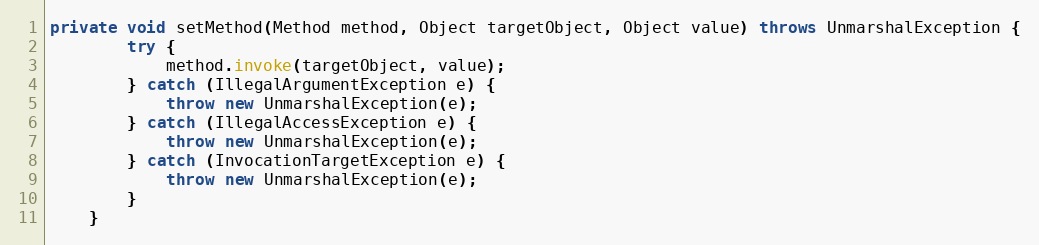
Language: Java
private void setMethod(Method method, Object targetObject, Object value) throws UnmarshalException {
		try {
			method.invoke(targetObject, value);
		} catch (IllegalArgumentException e) {
			throw new UnmarshalException(e);
		} catch (IllegalAccessException e) {
			throw new UnmarshalException(e);
		} catch (InvocationTargetException e) {
			throw new UnmarshalException(e);
		}
	}